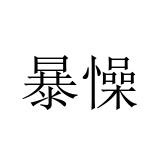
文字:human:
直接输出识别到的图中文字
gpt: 暴懆